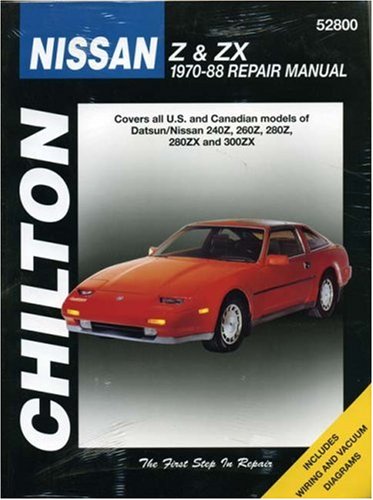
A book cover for Nissan Z & ZX, 1970-88 (Chilton Total Car Care Series Manuals); Chilton; Engineering & Transportation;